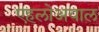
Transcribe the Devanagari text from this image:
एहलोअयाल